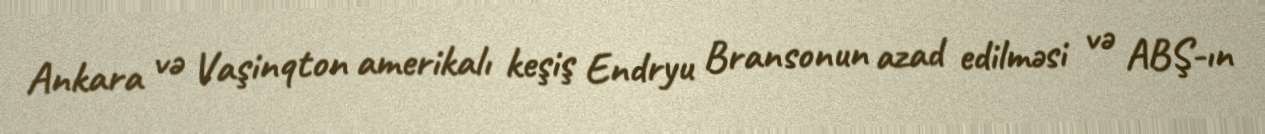
Ankara və Vaşinqton amerikalı keşiş Endryu Bransonun azad edilməsi və ABŞ-ın